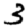
Digit: 3